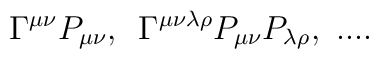
\Gamma ^{\mu \nu }P_{\mu \nu },\,\,\,\Gamma ^{\mu \nu \lambda \rho }P_{\mu\nu }P_{\lambda \rho },\,\,....